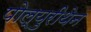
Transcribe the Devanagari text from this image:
पोल्युरीथेन